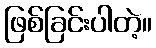
ဖြစ်ခြင်းပါတဲ့။